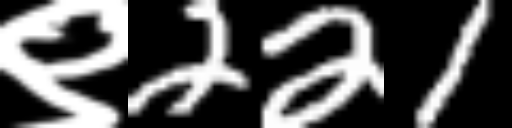
Text: ९221